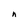
Character: n